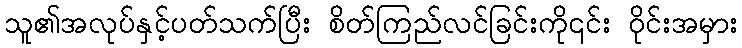
သူ၏အလုပ်နှင့်ပတ်သက်ပြီး စိတ်ကြည်လင်ခြင်းကို၎င်း ဝိုင်းအမှား